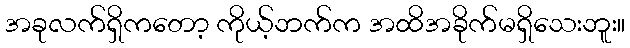
အခုလက်ရှိကတော့ ကိုယ့်ဘက်က အထိအခိုက်မရှိသေးဘူး။